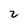
Character: 2